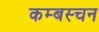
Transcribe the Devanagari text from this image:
कम्बस्चन